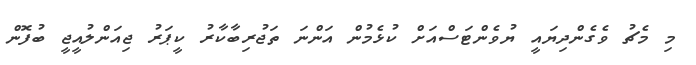
މި މެޗު ވެގެންދިޔައީ ޔުވެންޓަސްއަށް ކުޅެމުން އަންނަ ތަޖުރިބާކާރު ކީޕަރު ޖިއަންލުއީޖީ ބުފޮން